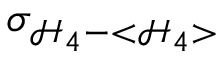
\sigma _ { \mathcal { H } _ { 4 } - < \mathcal { H } _ { 4 } > }